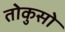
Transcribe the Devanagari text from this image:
तोकुसो